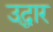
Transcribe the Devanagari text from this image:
उद्घार